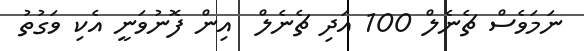
ނަމަވެސް ޗެނެލް 100 އަދި ޗެނެލް  އިން ފޮނުވަނީ އެކި ވަގުތު